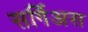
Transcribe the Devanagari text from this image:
सर्गिअस